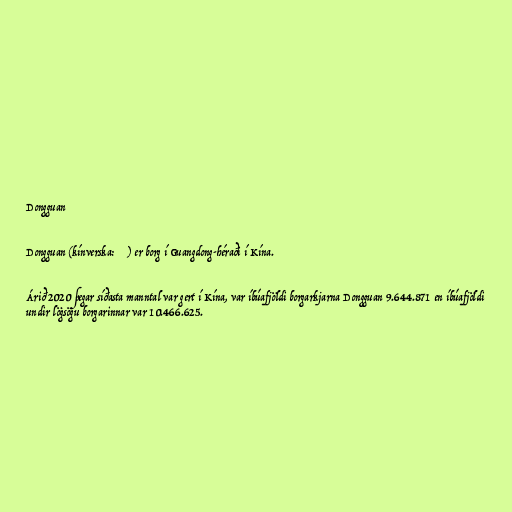
Dongguan

Dongguan (kínverska: 东莞市) er borg í Guangdong-héraði í Kína.

Árið 2020 þegar síðasta manntal var gert í Kína, var íbúafjöldi borgarkjarna Dongguan 9.644.871 en íbúafjöldi
undir lögsögu borgarinnar var 10.466.625.